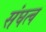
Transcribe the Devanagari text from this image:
संघत्व